Report of the Indian Hemp Drugs Commission, 1894-1895 - Volume II
Year: 1894
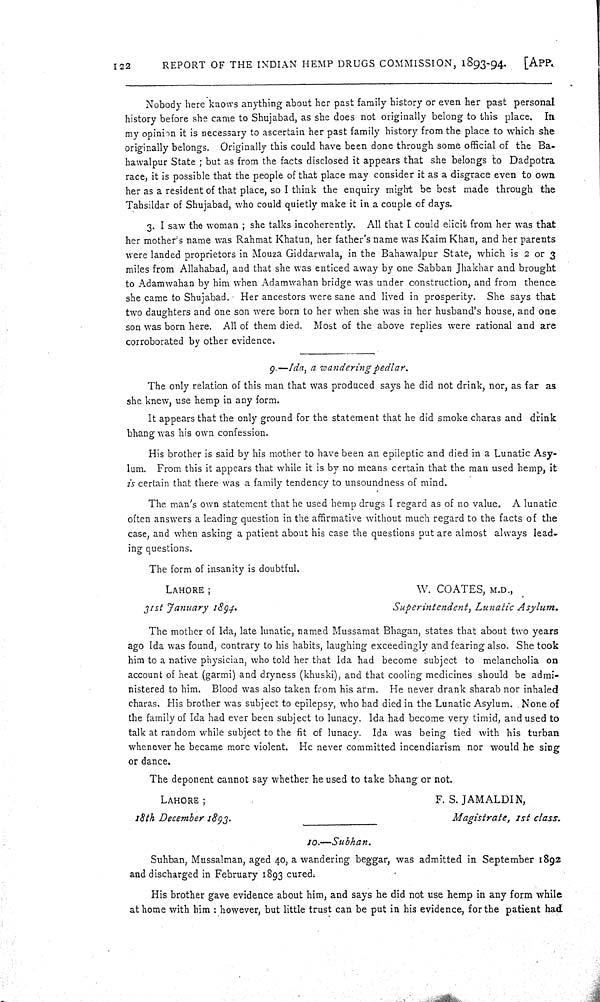
122
REPORT OF THE INDIAN HEMP DRUGS COMMISSION, 1893-94.
[APP.
Nobody here knows anything about her past family history or even her past personal
history before she came to Shujabad, as she does not originally belong to this place. In
my opinion it is necessary to ascertain her past family history from the place to which she
originally belongs. Originally this could have been done through some official of the Ba-
hawalpur State; but as from the facts disclosed it appears that she belongs to Dadpotra
race, it is possible that the people of that place may consider it as a disgrace even to own
her as a resident of that place, so I think the enquiry might be best made through the
Tahsildar of Shujabad, who could quietly make it in a couple of days.
3. I saw the woman; she talks incoherently. All that I could elicit from her was that
her mother's name was Rahmat Khatun, her father's name was Kaim Khan, and her parents
were landed proprietors in Mouza Giddarwala, in the Bahawalpur State, which is 2 or 3
miles from Allahabad, and that she was enticed away by one Sabban Jhakhar and brought
to Adamwahan by him when Adamwahan bridge was under construction, and from thence
she came to Shujabad. Her ancestors were sane and lived in prosperity. She says that
two daughters and one son were born to her when she was in her husband's house, and one
son was born here. All of them died. Most of the above replies were rational and are
corroborated by other evidence.
9.—Ida, a wandering pedlar.
The only relation of this man that was produced says he did not drink, nor, as far as
she knew, use hemp in any form.
It appears that the only ground for the statement that he did smoke charas and drink
bhang was his own confession.
His brother is said by his mother to have been an epileptic and died in a Lunatic Asy-
lum. From this it appears that while it is by no means certain that the man used hemp, it
is certain that there was a family tendency to unsoundness of mind.
The man's own statement that he used hemp drugs I regard as of no value. A lunatic
often answers a leading question in the affirmative without much regard to the facts of the
case, and when asking a patient about his case the questions put are almost always lead-
ing questions.
The form of insanity is doubtful.
LAHORE;
W. COATES, M.D.,
31st January
1894.
Superintendent, Lunatic
Asylum.
The mother of Ida, late lunatic, named Mussamat Bhagan, states that about two years
ago Ida was found, contrary to his habits, laughing exceedingly and fearing also. She took
him to a native physician, who told her that Ida had become subject to melancholia on
account of heat (garmi) and dryness (khuski), and that cooling medicines should be admi-
nistered to him. Blood was also taken from his arm. He never drank sharab nor inhaled
charas. His brother was subject to epilepsy, who had died in the Lunatic Asylum. None of
the family of Ida had ever been subject to lunacy. Ida had become very timid, and used to
talk at random while subject to the fit of lunacy. Ida was being tied with his turban
whenever he became more violent. He never committed incendiarism nor would he sing
or dance.
The deponent cannot say whether he used to take bhang or not.
LAHORE;
F. S. JAMALDIN,
18th December 1893.
Magistrate,
1st class.
10.—Subhan.
Suhban, Mussalman, aged 40, a wandering beggar, was admitted in September 1892
and discharged in February 1893 cured.
His brother gave evidence about him, and says he did not use hemp in any form while
at home with him: however, but little trust can be put in his evidence, for the patient had